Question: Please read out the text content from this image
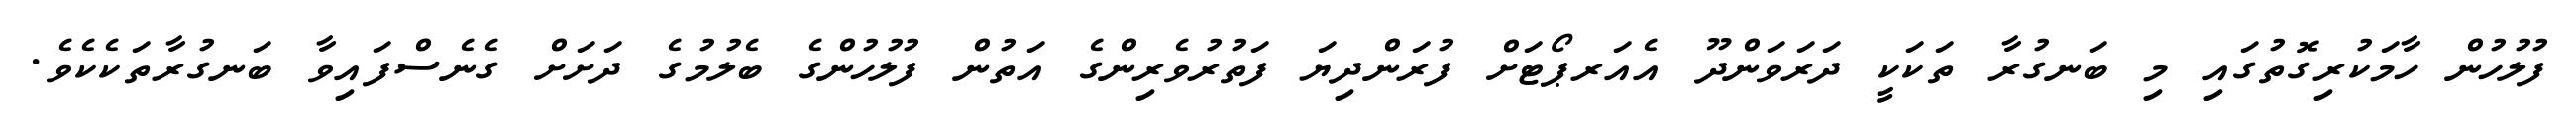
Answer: ފުލުހުން ހާމަކުރިގޮތުގައި މި ބަނގުރާ ތަކަކީ ދަރަވަންދޫ އެއަރޕޯޓަށް ފުރަންދިޔަ ފަތުރުވެރިންގެ އަތުން ފުލުހުންގެ ބެލުމުގެ ދަށަށް ގެނެސްފައިވާ ބަނގުރާތަކެކެވެ.